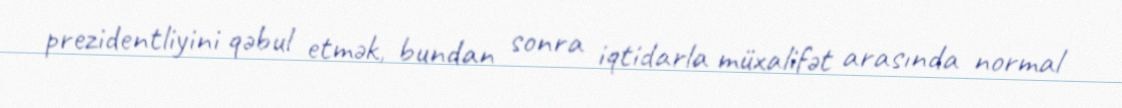
prezidentliyini qəbul etmək, bundan sonra iqtidarla müxalifət arasında normal